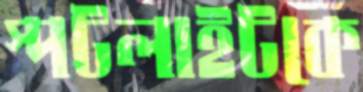
স্পটলাইটকে